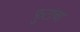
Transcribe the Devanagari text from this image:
फ़ुटांचा